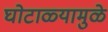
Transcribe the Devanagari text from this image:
घोटाळ्यामुळे